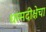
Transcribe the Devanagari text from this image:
धम्मदीक्षेचा